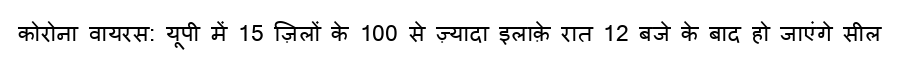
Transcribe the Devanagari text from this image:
कोरोना वायरस: यूपी में 15 ज़िलों के 100 से ज़्यादा इलाक़े रात 12 बजे के बाद हो जाएंगे सील